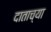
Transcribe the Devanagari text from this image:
दाताच्या